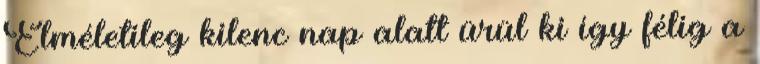
Elméletileg kilenc nap alatt ürül ki így félig a